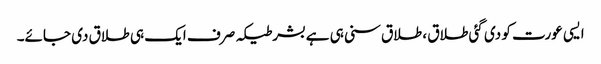
ایسی عورت کو دی گئی طلاق ، طلاق سنی ہی ہےبشرطیکہ صرف ایک ہی طلاق دی جائے۔